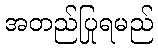
အတည်ပြုရမည်